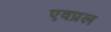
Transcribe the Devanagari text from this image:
एवप्रल